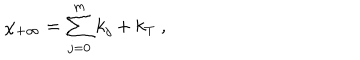
LaTeX: \chi _ { + \infty } = \sum _ { j = 0 } ^ { m } k _ { j } + k _ { T } ~ , ~ \,